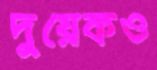
দুয়েকও